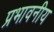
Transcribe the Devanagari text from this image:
प्रभावनीय